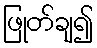
ဖြုတ်ချ၍